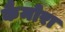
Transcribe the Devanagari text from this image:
कैमोरा